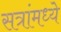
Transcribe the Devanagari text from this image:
सत्रांमध्ये